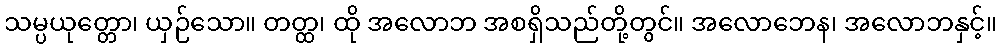
သမ္ပယုတ္တော၊ ယှဉ်သော။ တတ္ထ၊ ထို အလောဘ အစရှိသည်တို့တွင်။ အလောဘေန၊ အလောဘနှင့်။